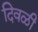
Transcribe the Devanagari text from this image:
दिवळी